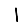
Digit: 1